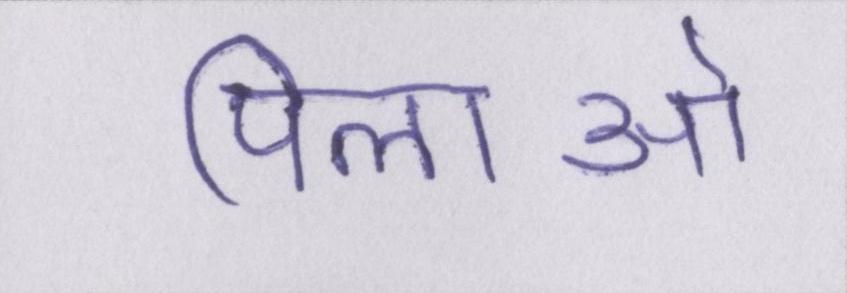
पिलाओ